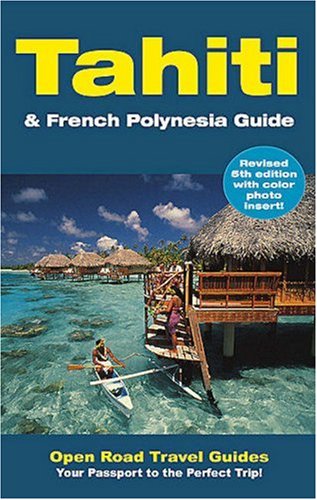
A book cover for Tahiti & French Polynesia Guide: Open Road Publishing's Best-Selling Guide to Tahiti! (Open Road's Tahiti & French Polynesia Guide); Jan Prince; Travel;